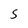
Character: S